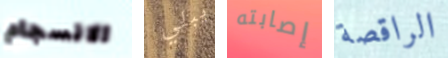
الانسجام يبلي إصابته الراقصة